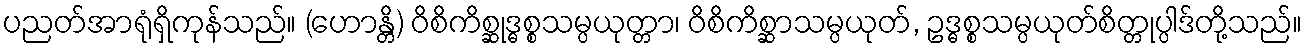
ပညတ်အာရုံရှိကုန်သည်။ (ဟောန္တိ) ဝိစိကိစ္ဆုဒ္ဓစ္စသမ္ပယုတ္တာ၊ ဝိစိကိစ္ဆာသမ္ပယုတ်, ဥဒ္ဓစ္စသမ္ပယုတ်စိတ္တုပ္ပါဒ်တို့သည်။